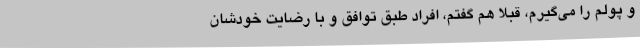
و پولم را می‌گیرم، قبلا هم گفتم، افراد طبق توافق و با رضایت خودشان